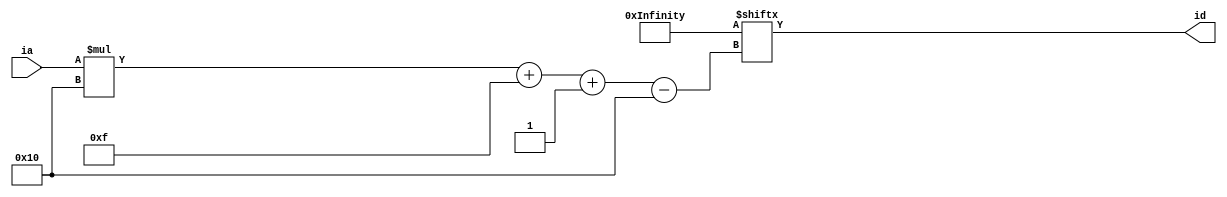
/*
   This file was generated automatically by Alchitry Labs version 1.2.1.
   Do not edit this file directly. Instead edit the original Lucid source.
   This is a temporary file and any changes made to it will be destroyed.
*/

/*
   Parameters:
     DEPTH_LOG = 9
     INSTR = {16h0,16h0,16h0,16h0,16h0,16h0,16h0,16h0,16h0,16h0,16h0,16h0,16h0,16h0,16h0,16h0,16h0,16h0,16h0,16h0,16h0,16h0,16h0,16h0,16h0,16h0,16h0,16h0,16h0,16h0,16h0,16h0,16h0,16h0,16h0,16h0,16h0,16h0,16h0,16h0,16h0,16h0,16h0,16h0,16h0,16h0,16h0,16h0,16h0,16h0,16h0,16h0,16h0,16h0,16h0,16h0,16h0,16h0,16h0,16h0,16h0,16h0,16h0,16h0,16h0,16h0,16h0,16h0,16h0,16h0,16h0,16h0,16h0,16h0,16h0,16h0,16h0,16h0,16h0,16h0,16h0,16h0,16h0,16h0,16h0,16h0,16h0,16h0,16h0,16h0,16h0,16h0,16h0,16h0,16h0,16h0,16h0,16h0,16h0,16h0,16h0,16h0,16h0,16h0,16h0,16h0,16h0,16h0,16h0,16h0,16h0,16h0,16h0,16h0,16h0,16h0,16h0,16h0,16h0,16h0,16h0,16h0,16h0,16h0,16h0,16h0,16h0,16h0,16h0,16h0,16h0,16h0,16h0,16h0,16h0,16h0,16h0,16h0,16h0,16h0,16h0,16h0,16h0,16h0,16h0,16h0,16h0,16h0,16h0,16h0,16h0,16h0,16h0,16h0,16h0,16h0,16h0,16h0,16h0,16h0,16h0,16h0,16h0,16h0,16h0,16h0,16h0,16h0,16h0,16h0,16h0,16h0,16h0,16h0,16h0,16h0,16h0,16h0,16h0,16h0,16h0,16h0,16h0,16h0,16h0,16h0,16h0,16h0,16h0,16h0,16h0,16h0,16h0,16h0,16h0,16h0,16h0,16h0,16h0,16h0,16h0,16h0,16h0,16h0,16h0,16h0,16h0,16h0,16h0,16h0,16h0,16h0,16h0,16h0,16h0,16h0,16h0,16h0,16h0,16h0,16h0,16h0,16h0,16h0,16h0,16h0,16h0,16h0,16h0,16h0,16h0,16h0,16h0,16h0,16h0,16h0,16h0000,16h7FFF,16h7E00,16h6213,16h8241,16h403F,16h6213,16h8241,16h403F,16h6213,16h4002,16h7E09,16h6213,16h1250,16h8481,16h1250,16h8441,16h7E0F,16h6213,16h4001,16h6213,16h4001,16h6213,16h7406,16h44BF,16h740E,16h34A8,16h8B44,16h45C3,16h3028,16h41CF,16h13B8,16h7D74,16h7FF1,16h4001,16h7E02,16h1C78,16h1B40,16h4BC0,16h7204,16h3250,16h2498,16h47C1,16h5269,16h5429,16h4201,16h720D,16h4239,16h41C0,16h7FE9,16h4001,16h7E31,16h6213,16h8241,16h403F,16h6213,16h8241,16h403F,16h6213,16h8241,16h403F,16h6213,16h4003,16h720C,16h3250,16h2498,16h47C2,16h5269,16h5429,16h4202,16h7215,16h423A,16h41C0,16h7FF4,16h4001,16h6229,16h3250,16h2258,16h47C1,16h5480,16h5240,16h4441,16h1300,16h720A,16h4238,16h41C0,16h7FF3,16h4001,16h7E02,16h1C78,16h1B40,16h4BD0,16h7204,16h3250,16h2450,16h45C1,16h5229,16h720B,16h4237,16h41C0,16h7FF1,16h4001,16h7E64,16h6213,16h1288,16h8442,16h1288,16h8441,16h7206,16h3250,16h2450,16h45C2,16h5229,16h720D,16h4237,16h41C0,16h7FF6,16h4001,16h6229,16h3250,16h2450,16h45C1,16h5240,16h1300,16h7208,16h4237,16h41C0,16h7FF3,16h4001,16h7E02,16h1C78,16h1B40,16h4BE0,16h7204,16h3250,16h5269,16h5429,16h4201,16h720B,16h4239,16h41C0,16h7FEF,16h4001,16h7E8D,16h6213,16h4001,16h6213,16h4001,16h6213,16h4001,16h6213,16h7208,16h3250,16h5269,16h5429,16h4202,16h720F,16h423A,16h41C0,16h7FF6,16h4001,16h6229,16h3250,16h5480,16h5240,16h4441,16h1300,16h7208,16h4238,16h41C0,16h4DC0,16h7FBA,16h7E01,16h49C1,16h6801,16h1910,16h5801,16h7E04,16h49CA,16h680A,16h1910,16h580A,16h7605,16h57DC,16h2488,16h45C1,16h6E13,16h7FD5,16h7401,16h3498,16h560A,16h2488,16h45C1,16h7FDB,16h7401,16h3498,16h5601,16h2488,16h45C1,16h7FDE,16h12F8,16h10B8,16h6E13,16h79E5,16h3928,16h5AA0,16h2918,16h49C1,16h79EA,16h48F7,16h79EC,16h48C1,16h79EE,16h48B7,16h79F0,16h4881,16h46FE,16h44BE,16h1410,16h1658,16h86C2,16h3498,16h45C3,16h6FC0,16h77FA,16h57C0,16h7E1B,16h6FDD,16h7402,16h55DD,16h6413,16h2488,16h45C1,16h43C4,16h41C4,16h61DC,16h41C1,16h7E01,16h41C0,16h7002,16h51DC,16h61E8,16h3008,16h43F0,16h61E7,16h3008,16h43F8,16h61E6,16h3008,16h43FC,16h61E5,16h3008,16h43FE,16h61E4,16h4001,16h2008,16h61E3,16h4001,16h2008,16h61E2,16h4001,16h2008,16h61E1,16h4001,16h2008,16h61E0,16h43C1,16h41DF,16h7FF9,16h4001,16h6E13,16h6E0A,16h6E01,16h7205,16h4237,16h41C0}
*/
module instruction_memory_unit_5 (
    input [8:0] ia,
    output reg [15:0] id
  );
  
  localparam DEPTH_LOG = 4'h9;
  localparam INSTR = 8192'h0000000000000000000000000000000000000000000000000000000000000000000000000000000000000000000000000000000000000000000000000000000000000000000000000000000000000000000000000000000000000000000000000000000000000000000000000000000000000000000000000000000000000000000000000000000000000000000000000000000000000000000000000000000000000000000000000000000000000000000000000000000000000000000000000000000000000000000000000000000000000000000000000000000000000000000000000000000000000000000000000000000000000000000000000000000000000000000000000000000000000000000000000000000000000000000000000000000000000000000000000000000000000000000000000000000000000000000000000000000000000000000000000000000000000000000000000000000000000000000000000000000000000000000000000000000000000000000000000000000000000000000000000000000000000000000000000000000000000000000000000000000000000000000000000000000000000000000000000000000000000000000000000000000000000000000000000000000000007fff7e0062138241403f62138241403f621340027e09621312508481125084417e0f62134001621340016213740644bf740e34a88b4445c3302841cf13b87d747ff140017e021c781b404bc072043250249847c1526954294201720d423941c07fe940017e3162138241403f62138241403f62138241403f62134003720c3250249847c25269542942027215423a41c07ff4400162293250225847c15480524044411300720a423841c07ff340017e021c781b404bd072043250245045c15229720b423741c07ff140017e646213128884421288844172063250245045c25229720d423741c07ff6400162293250245045c1524013007208423741c07ff340017e021c781b404be072043250526954294201720b423941c07fef40017e8d621340016213400162134001621372083250526954294202720f423a41c07ff640016229325054805240444113007208423841c04dc07fba7e0149c16801191058017e0449ca680a1910580a760557dc248845c16e137fd574013498560a248845c17fdb740134985601248845c17fde12f810b86e1379e539285aa0291849c179ea48f779ec48c179ee48b779f0488146fe44be1410165886c2349845c36fc077fa57c07e1b6fdd740255dd6413248845c143c441c461dc41c17e0141c0700251dc61e8300843f061e7300843f861e6300843fc61e5300843fe61e44001200861e34001200861e24001200861e14001200861e043c141df7ff940016e136e0a6e017205423741c0;
  
  
  always @* begin
    id = INSTR[(ia)*16+15-:16];
  end
endmodule